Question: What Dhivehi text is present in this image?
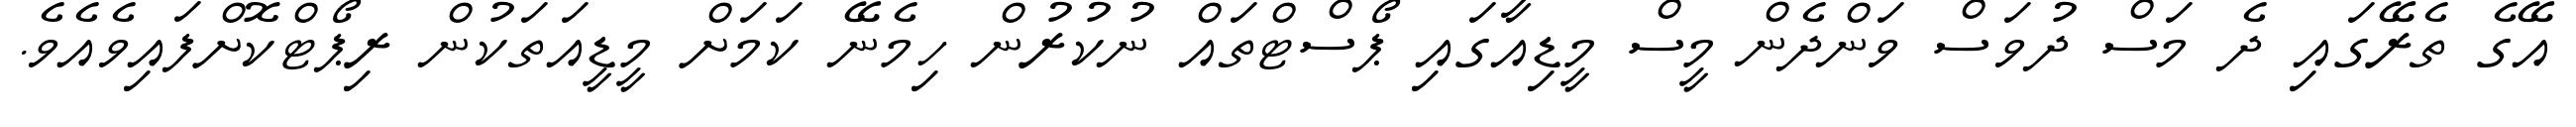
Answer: އޭގެ ތެރޭގައި ދެ މަސް ދުވަސް ވަންދެން މީސް މީޑިއާގައި ޕޯސްޓްތައް ނުކުރުން ހިމެނޭ ކަމަށް މީޑީއަތަކުން ރިޕޯޓްކޮށްފައިވެއެވެ.